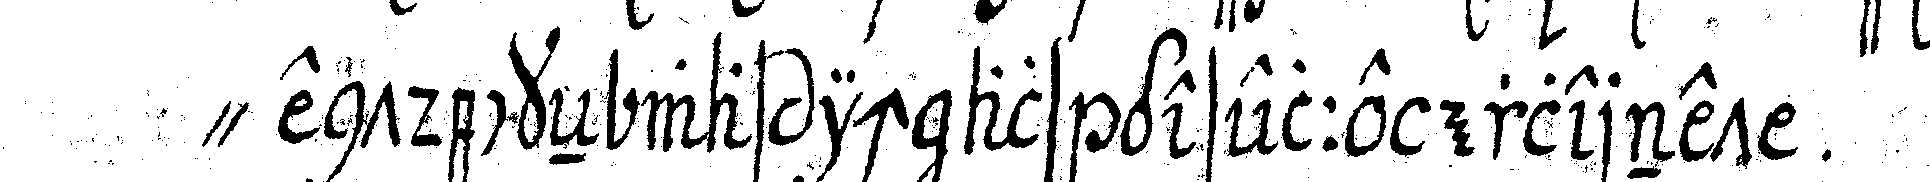
" entdeckeN was ich als geselle erlernet .